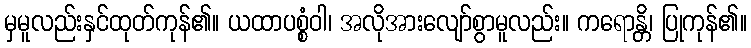
မှမူလည်းနှင်ထုတ်ကုန်၏။ ယထာပစ္စံဝါ၊ အလိုအားလျော်စွာမူလည်း။ ကရောန္တိ၊ ပြုကုန်၏။